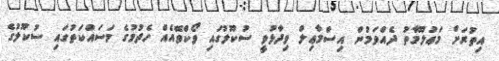
އިތުރަށް މަޢުލޫމާތު ދެއްވަމުން އިސްމާޢިލް ވިދާޅުވީ ސުކޫލުގައި ވޯކްވޭއެއް ހެދުމުގެ މަސައްކަތުގައި ސުކޫލުގެ